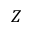
Z